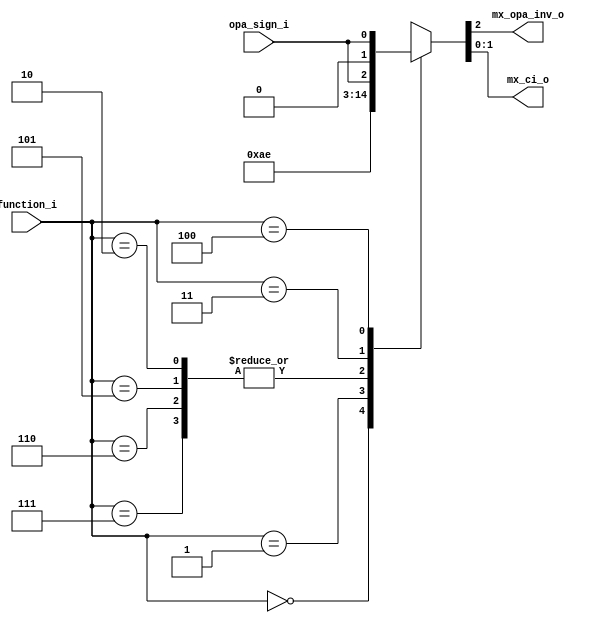

module adder_ctrl
  (
   input wire [2:0]  function_i,
   input wire 	     opa_sign_i,
   output wire 	     mx_opa_inv_o,
   output wire [1:0] mx_ci_o
   );

   reg [2:0] 	     mx_ctrl;
   
   always @(*) begin
      case(function_i)
	3'b000: mx_ctrl = 3'b000; // ADD
	3'b001: mx_ctrl = 3'b010;// ADDC
	3'b010, 3'b101, 3'b110, 3'b111: mx_ctrl = 3'b101;// SUB, CMP, MAX, MIN
	3'b011: mx_ctrl = 3'b110; // SUBC
	3'b100: mx_ctrl = {opa_sign_i, 1'b0, opa_sign_i}; // ABS
	default: mx_ctrl = 3'b000;
      endcase
   end // always @(*)

   assign mx_opa_inv_o = mx_ctrl[2];
   assign mx_ci_o = mx_ctrl[1:0];
   
endmodule // adder_ctrl